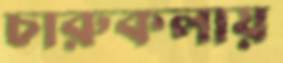
চারুকলায়